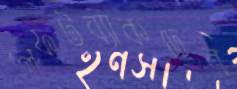
লেফটব্যাকদের